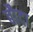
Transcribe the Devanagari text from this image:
बौदा